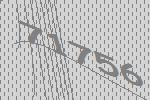
71756